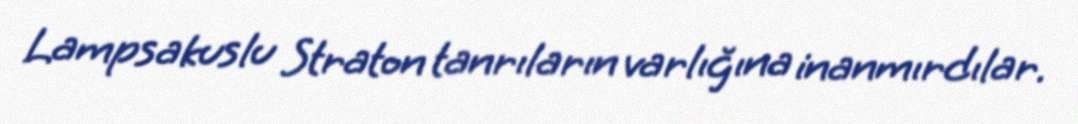
Lampsakuslu Straton tanrıların varlığına inanmırdılar.